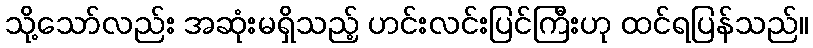
သို့သော်လည်း အဆုံးမရှိသည့် ဟင်းလင်းပြင်ကြီးဟု ထင်ရပြန်သည်။